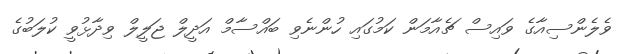
ވެލެންސިއާގެ ވައިސް ޗެއާމަން ކަމުގައި ހުންނެވި ބައްސާމް އަދީލް ޖަލީލް ވިދާޅުވީ ކުލަބުގެ